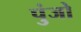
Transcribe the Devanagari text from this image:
पुंजो